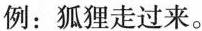
例：狐狸走过来。